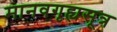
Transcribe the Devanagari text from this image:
मानवगृह्यसूत्र